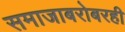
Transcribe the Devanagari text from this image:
समाजाबरोबरही